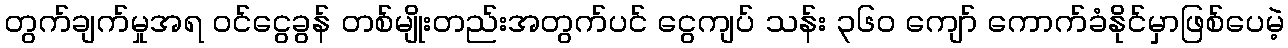
တွက်ချက်မှုအရ ဝင်ငွေခွန် တစ်မျိုးတည်းအတွက်ပင် ငွေကျပ် သန်း ၃၆၀ ကျော် ကောက်ခံနိုင်မှာဖြစ်ပေမဲ့